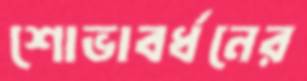
শোভাবর্ধনের